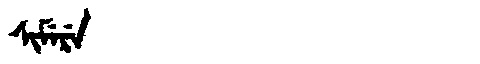
Manchu: ᠰᡳᠮᡝᡵᡝ
Romanization: SIMERE